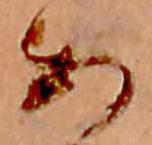
あ